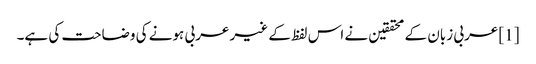
[1] عربی زبان کے محققین نے اس لفظ کے غیر عربی ہونے کی وضاحت کی ہے۔